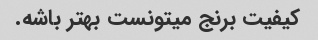
کیفیت برنج میتونست بهتر باشه.